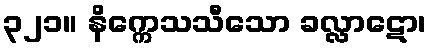
၃၂၁။ နိက္ကေသသီသော ခလ္လာဋော၊